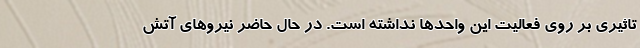
تاثیری بر روی فعالیت این واحدها نداشته است. در حال حاضر نیروهای آتش